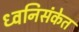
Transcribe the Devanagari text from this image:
ध्वनिसंकेत